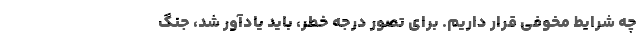
چه شرایط مخوفی قرار داریم. برای تصور درجه خطر، باید یادآور شد، جنگ